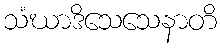
သံဃာဒိသေသေနာတိ